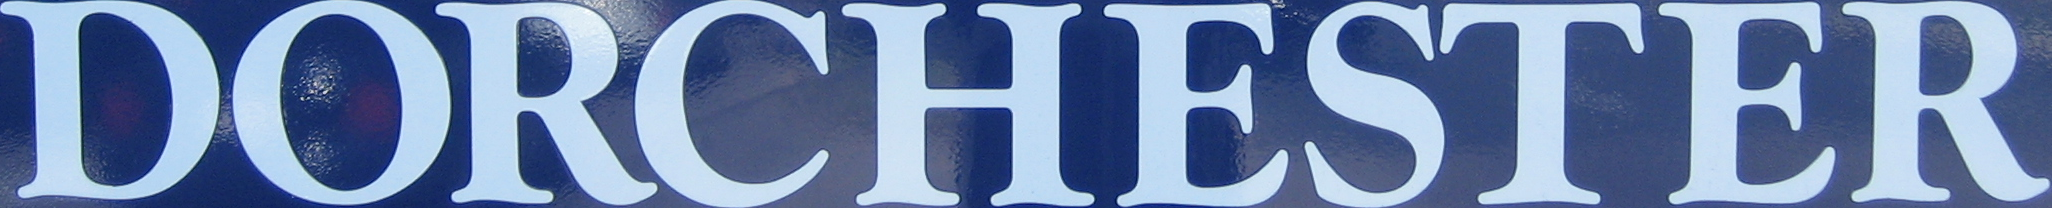
DORCHESTER